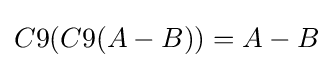
C9(C9(A-B))=A-B